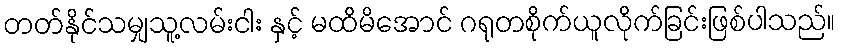
တတ်နိုင်သမျှသူ့လမ်းငါး နှင့် မထိမိအောင် ဂရုတစိုက်ယူလိုက်ခြင်းဖြစ်ပါသည်။